Indian journal of veterinary science and animal husbandry - Volume 3,
Year: 1933
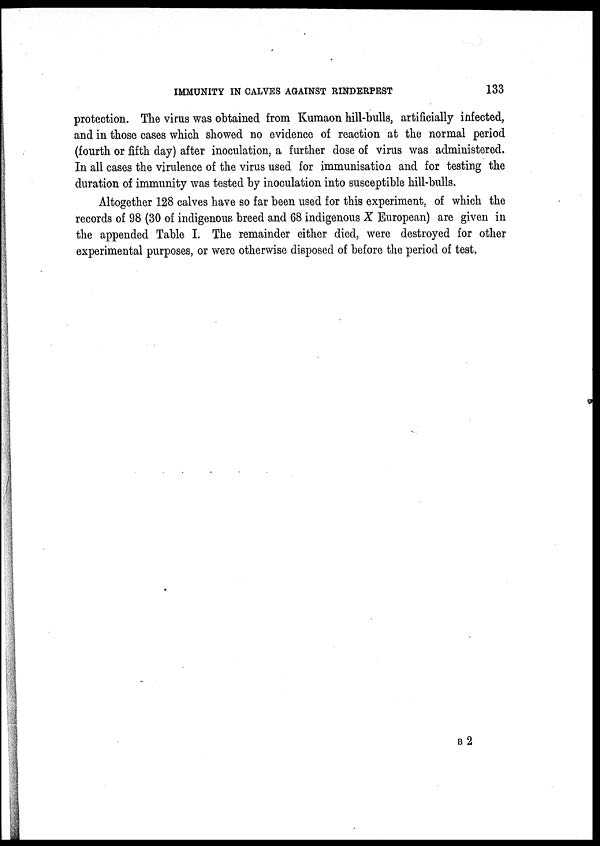
IMMUNITY IN CALVES AGAINST RINDERPEST
133
protection. The virus was obtained from Kumaon hill-bulls, artificially infected,
and in those cases which showed no evidence of reaction at the normal period
(fourth or fifth day) after inoculation, a further dose of virus was administered.
In all cases the virulence of the virus used for immunisation and for testing the
duration of immunity was tested by inoculation into susceptible hill-bulls.
Altogether 128 calves have so far been used for this experiment, of which the
records of 98 (30 of indigenous breed and 68 indigenous X European) are given in
the appended Table I. The remainder either died, were destroyed for other
experimental purposes, or were otherwise disposed of before the period of test.
B 2